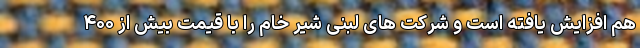
هم افزایش یافته است و شرکت های لبنی شیر خام را با قیمت بیش از ۴۰۰